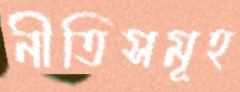
নীতিসমূহ